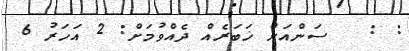
: :   ސަންއަށް ޚަބަރެއް ދެއްވުމަށް: 2 އަހަރު 6